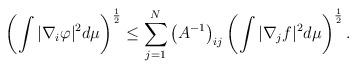
LaTeX: \begin{align*} \left( \int |\nabla_i \varphi|^2 d \mu \right)^{\frac{1}{2}} \leq \sum_{j=1}^{N} \left(A^{-1} \right)_{ij} \left(\int |\nabla_j f|^2 d \mu \right)^{\frac{1}{2}}. \end{align*}